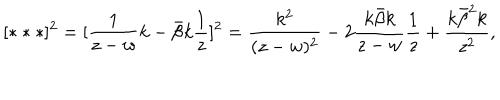
LaTeX: [ * * * ] ^ { 2 } = [ \frac { 1 } { z - w } k - \bar { \beta } k \frac { 1 } { z } ] ^ { 2 } = \frac { k ^ { 2 } } { ( z - w ) ^ { 2 } } - 2 \frac { k \bar { \beta } k } { z - w } \frac { 1 } { z } + \frac { k \bar { \beta } ^ { 2 } k } { z ^ { 2 } } ,